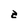
Character: z